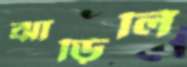
ঝাড়িলি